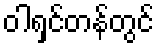
ဝါရှင်တန်တွင်